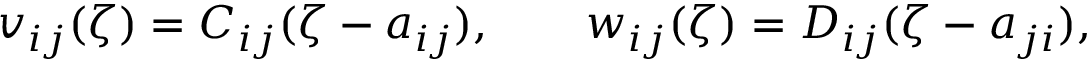
v _ { i j } ( \zeta ) = C _ { i j } ( \zeta - a _ { i j } ) , \qquad w _ { i j } ( \zeta ) = D _ { i j } ( \zeta - a _ { j i } ) ,